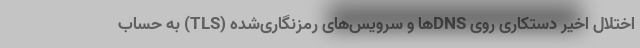
اختلال اخیر دستکاری روی DNSها و سرویس‌های رمزنگاری‌‌شده (TLS) به حساب